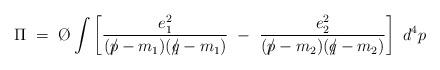
LaTeX: \begin{align*}\Pi ~=~ \hbox{\O} \int \left[ {{e_1^2} \over {(p \!\!\!/-m_1)(q \!\!\!/-m_1)}}~-~ {{e_2^2}\over {(p \!\!\!/ -m_2)(q \!\!\!/ -m_2)}} \right] ~d^4p \end{align*}